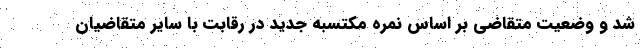
شد و وضعیت متقاضی بر اساس نمره مکتسبه جدید در رقابت با سایر متقاضیان